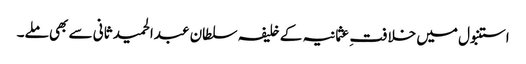
استنبول میں خلافت ِ عثمانیہ کے خلیفہ سلطان عبدالحمید ثانی سے بھی ملے۔